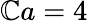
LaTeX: \mathbb{C}a=4